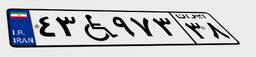
۴۳W۹۷۳۳۸